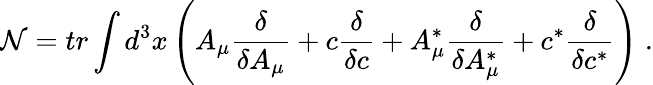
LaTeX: \mathcal{N}=tr\int d^{3}x\left(A_{\mu}\frac\delta{\delta A_{\mu}}+c\frac\delta{\delta c}+A_{\mu}^{*}\frac\delta{\delta A_{\mu}^{*}}+c^{*}\frac\delta{\delta c^{*}}\right)\; .